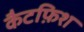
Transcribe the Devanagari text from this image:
कैटफ़िश